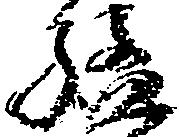
猛